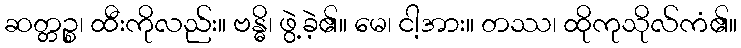
ဆတ္တဉ္စ၊ ထီးကိုလည်း။ ဗန္ဓိ၊ ဖွဲ့ခဲ့၏။ မေ၊ ငါ့အား။ တဿ၊ ထိုကုသိုလ်ကံ၏။